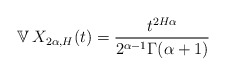
\begin{align*} \mathbb{V} \, X_{2\alpha, H}(t)= \frac{t^{2H\alpha}}{2^{\alpha-1}\Gamma(\alpha+1)} \end{align*}